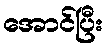
အောင်ပြီး